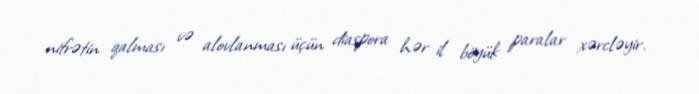
nifrətin qalması və alovlanması üçün diaspora hər il böyük paralar xərcləyir.